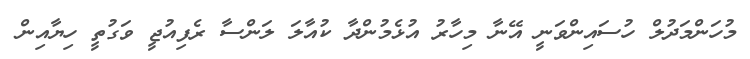
މުހަންމަދުލް ހުސައިންވަނީ އޭނާ މިހާރު އުޅެމުންދާ ކުއާލަ ލަންސާ ރެފިއުޖީ ވަގުތީ ހިޔާއިން